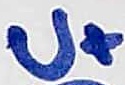
Text: U+